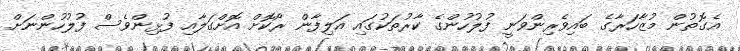
އެގޮތުން މުޒާހަރާގެ ބައިވެރިންވަނީ ފުލުހުންގެ ކާރުތަކުގައި އަލިފާން ރޯކޮށް އޮށްގަލާއި ފުޅިންވެސް ފުލުހުންނަށް